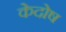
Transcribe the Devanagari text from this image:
केदोष